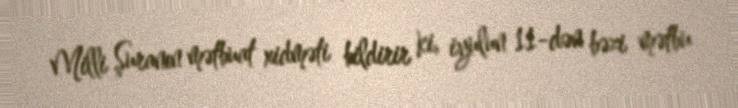
Milli Şuranın mətbuat xidməti bildirir ki, iyulun 11-dən bəzi mətbu